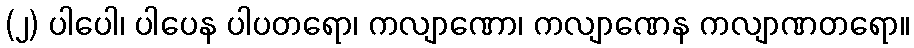
(၂) ပါပေါ၊ ပါပေန ပါပတရော၊ ကလျာဏော၊ ကလျာဏေန ကလျာဏတရော။